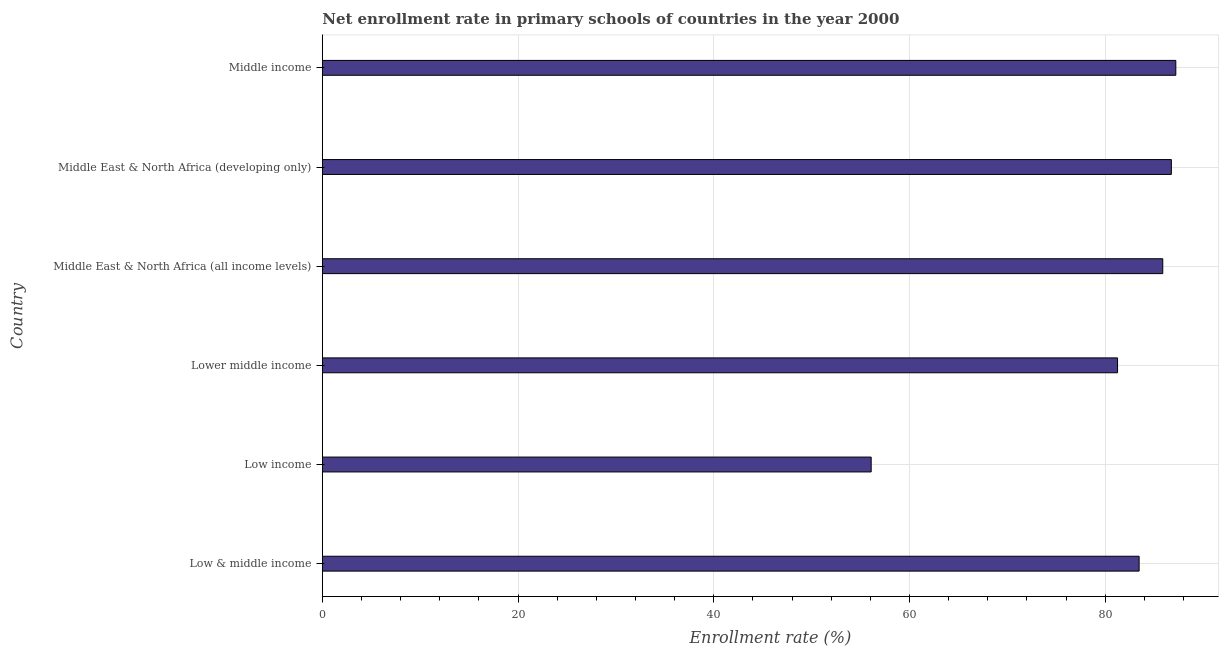
| Country | Adjusted net enrolment rate |
 | --- | --- |
 | Low & middle income | 83.5 |
 | Low income | 56.1 |
 | Lower middle income | 81.3 |
 | Middle East & North Africa (all income levels) | 85.9 |
 | Middle East & North Africa (developing only) | 86.8 |
 | Middle income | 87.2 |